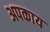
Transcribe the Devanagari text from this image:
अपकाय